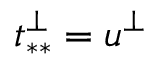
t _ { * * } ^ { \perp } = u ^ { \perp }